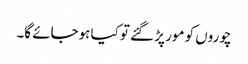
چوروں کو مور پڑ گئے تو کیا ہوجائے گا۔